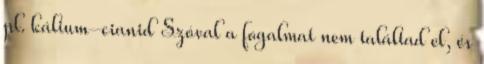
pl. kálium-cianid Szóval a fogalmat nem találtad el, és